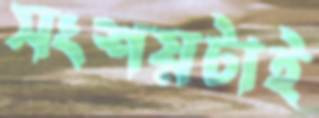
সংশয়টাই